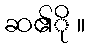
ဆ၏ို ။